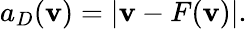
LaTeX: \begin{array}{r}{a_{D}(\mathbf v)=\left|\mathbf v-F(\mathbf v)\right|.}\end{array}